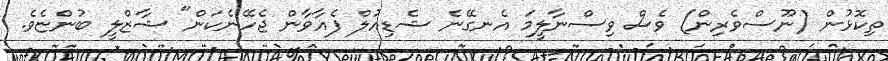
ތިކޮޅުން (ނޫސްވެރިން) ވެސް ވިސްނާލީމަ އެނގޭނެ ޝެޑިއުލް ފެއާވާން ޖެހޭނެކަން" ޝާޒްލީ ބުންޏެވެ.